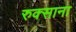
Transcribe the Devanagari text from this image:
रुक्साना